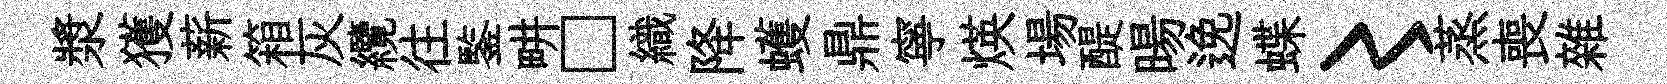
漿獲薪箱灰纜往鍳畊□織降蠖鼎寧煐場醍暘𨓜蝶〻蒸喪雜